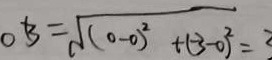
O B = \sqrt { ( 0 - 0 ) ^ { 2 } + ( - 3 - 0 ) ^ { 2 } } = 3